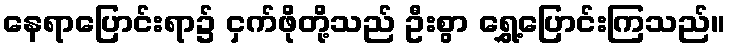
နေရာပြောင်းရာ၌ ငှက်ဖိုတို့သည် ဦးစွာ ရွှေ့ပြောင်းကြသည်။